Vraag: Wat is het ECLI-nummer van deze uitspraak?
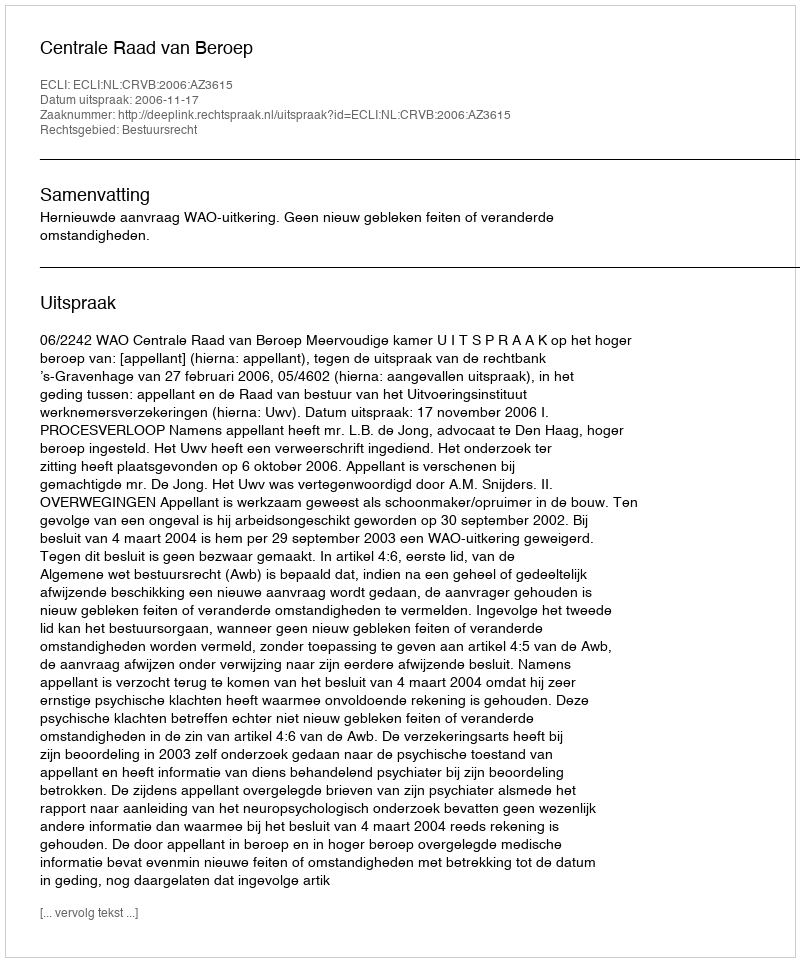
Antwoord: ECLI:NL:CRVB:2006:AZ3615